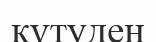
күтуден